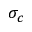
\sigma _ { c }